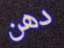
دهن